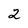
Character: 2